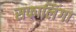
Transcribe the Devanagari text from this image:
सफालिंगा